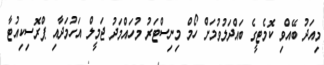
މިއަދު ބޭއްވި ކޮމެޓީގެ ބައްދަލުވުމަށް ހޯމް މިނިސްޓަރު މުހައްމަދު ޖަމީލް އަހުމަދާއި ޕްރޮސިކިއުޓާ